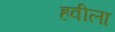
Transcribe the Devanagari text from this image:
हवीला